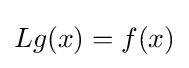
Lg(x)=f(x)